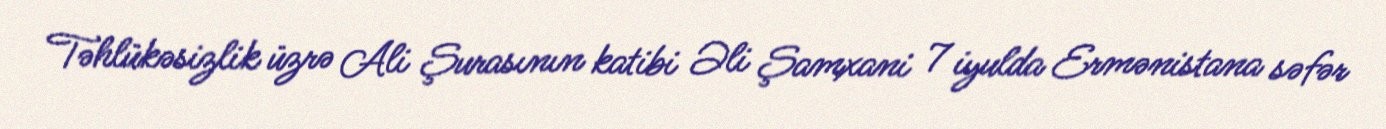
Təhlükəsizlik üzrə Ali Şurasının katibi Əli Şamxani 7 iyulda Ermənistana səfər